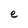
Character: e